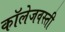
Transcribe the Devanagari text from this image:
कॉलेजवस्ती